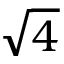
\sqrt { 4 }